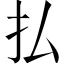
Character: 払